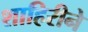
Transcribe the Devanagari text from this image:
शाहिरीने